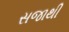
સજાથી